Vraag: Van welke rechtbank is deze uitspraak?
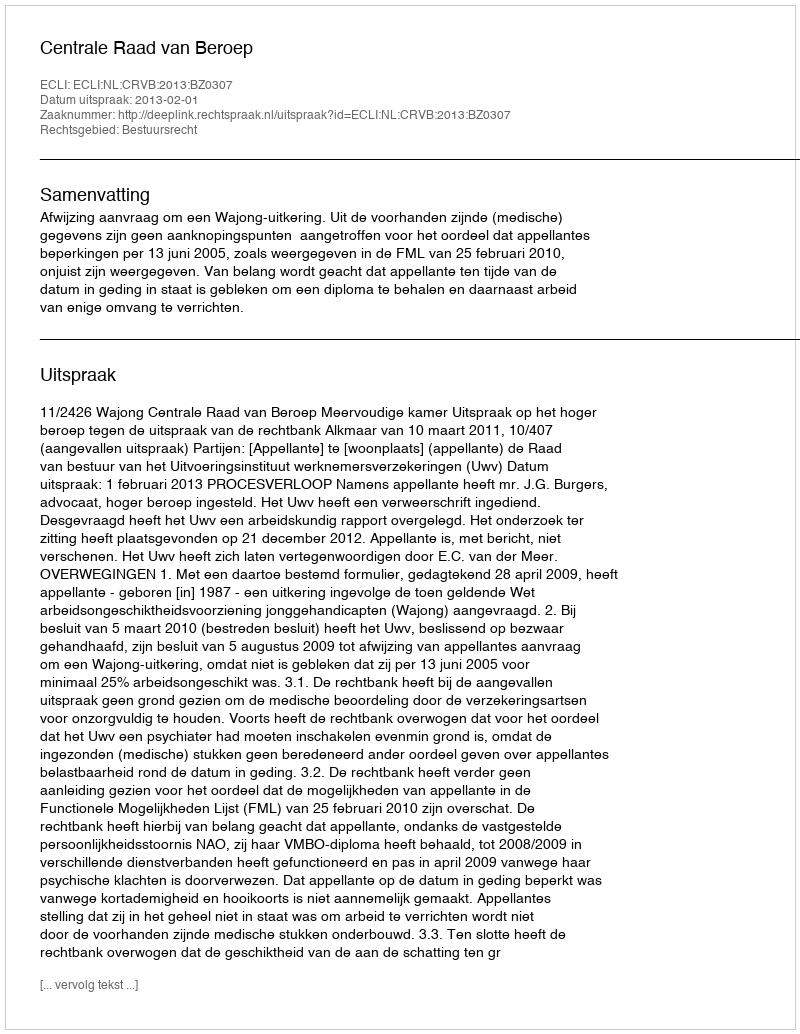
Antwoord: Centrale Raad van Beroep